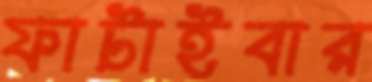
ফাটাইবার